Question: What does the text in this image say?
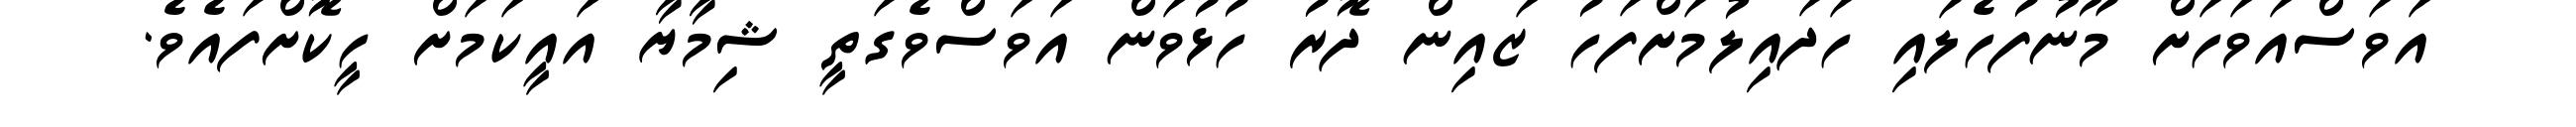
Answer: އަވަސްއަވަހަށް މޫނުފުހެލައި ހަދައިލުމަށްފަހު ޒައިން ދޮރު ހުޅުވަން އަވަސްވެގަތީ ޝިމާޔާ އައީކަމަށް ހީކޮށްފައެވެ.